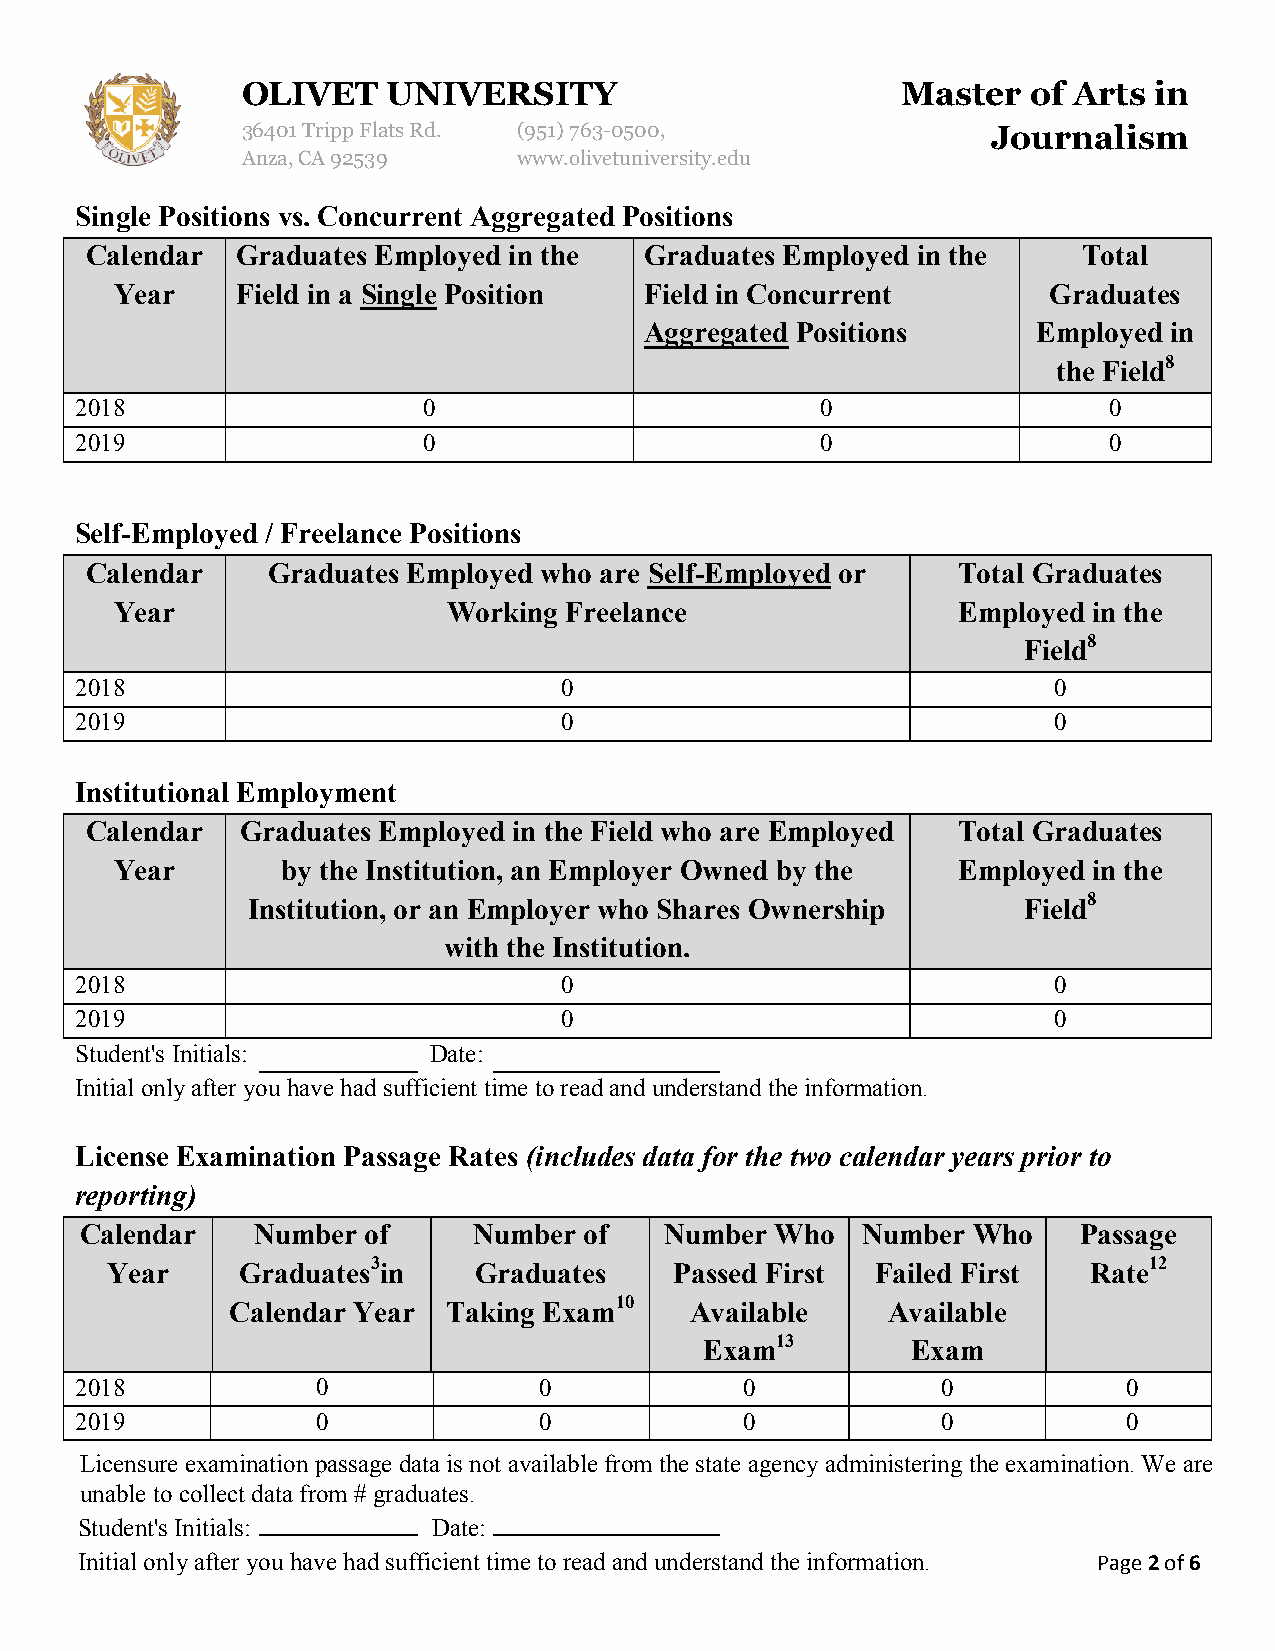
OLIVET    UNIVERSITY                        Master  of Arts in
 36401 Tripp Flats Rd. (951)763-0500,              Journalism
 Anza, CA 92539    www.olivetuniversity.edu
 Single Positions vs. Concurrent Aggregated Positions
 Calendar  Graduates Employed in the  Graduates Employed in the    Total
 Year    Field in a Single Position Field in Concurrent       Graduates
 Aggregated Positions      Employed in
 the Field8
 2018                   0                         0                  0
 2019                   0                         0                  0
 Self-Employed / Freelance Positions
 Calendar    Graduates Employed who are Self-Employed or  Total Graduates
 Year                  Working Freelance                Employed in the
 Field8
 2018                            0                                0
 2019                            0                                0
 Institutional Employment
 Calendar  Graduates Employed in the Field who are Employed Total Graduates
 Year       by the Institution, an Employer Owned by the Employed in the
 Institution, or an Employer who Shares Ownership    Field8
 with the Institution.
 2018                            0                                0
 2019                            0                                0
 Student's Initials:    Date:
 Initial only after you have had sufficient time to read and understand the information.
 License Examination Passage Rates (includes data for the two calendar years prior to
 reporting)
 Calendar    Number of     Number  of   Number Who   Number Who     Passage
 Year     Graduates3in   Graduates     Passed First Failed First  Rate12
 Calendar Year  Taking Exam10   Available    Available
 Exam13       Exam
 2018            0              0            0            0            0
 2019            0              0            0            0            0
 Licensure examination passage data is not available from the state agency administering the examination. We are
 unable to collect data from # graduates.
 Student's Initials:     Date:
 Initial only after you have had sufficient time to read and understand the information. Page 2 of 6